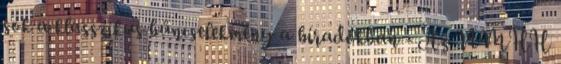
sok a klasszikus bűncselekmény a híradókban - Az NMHH